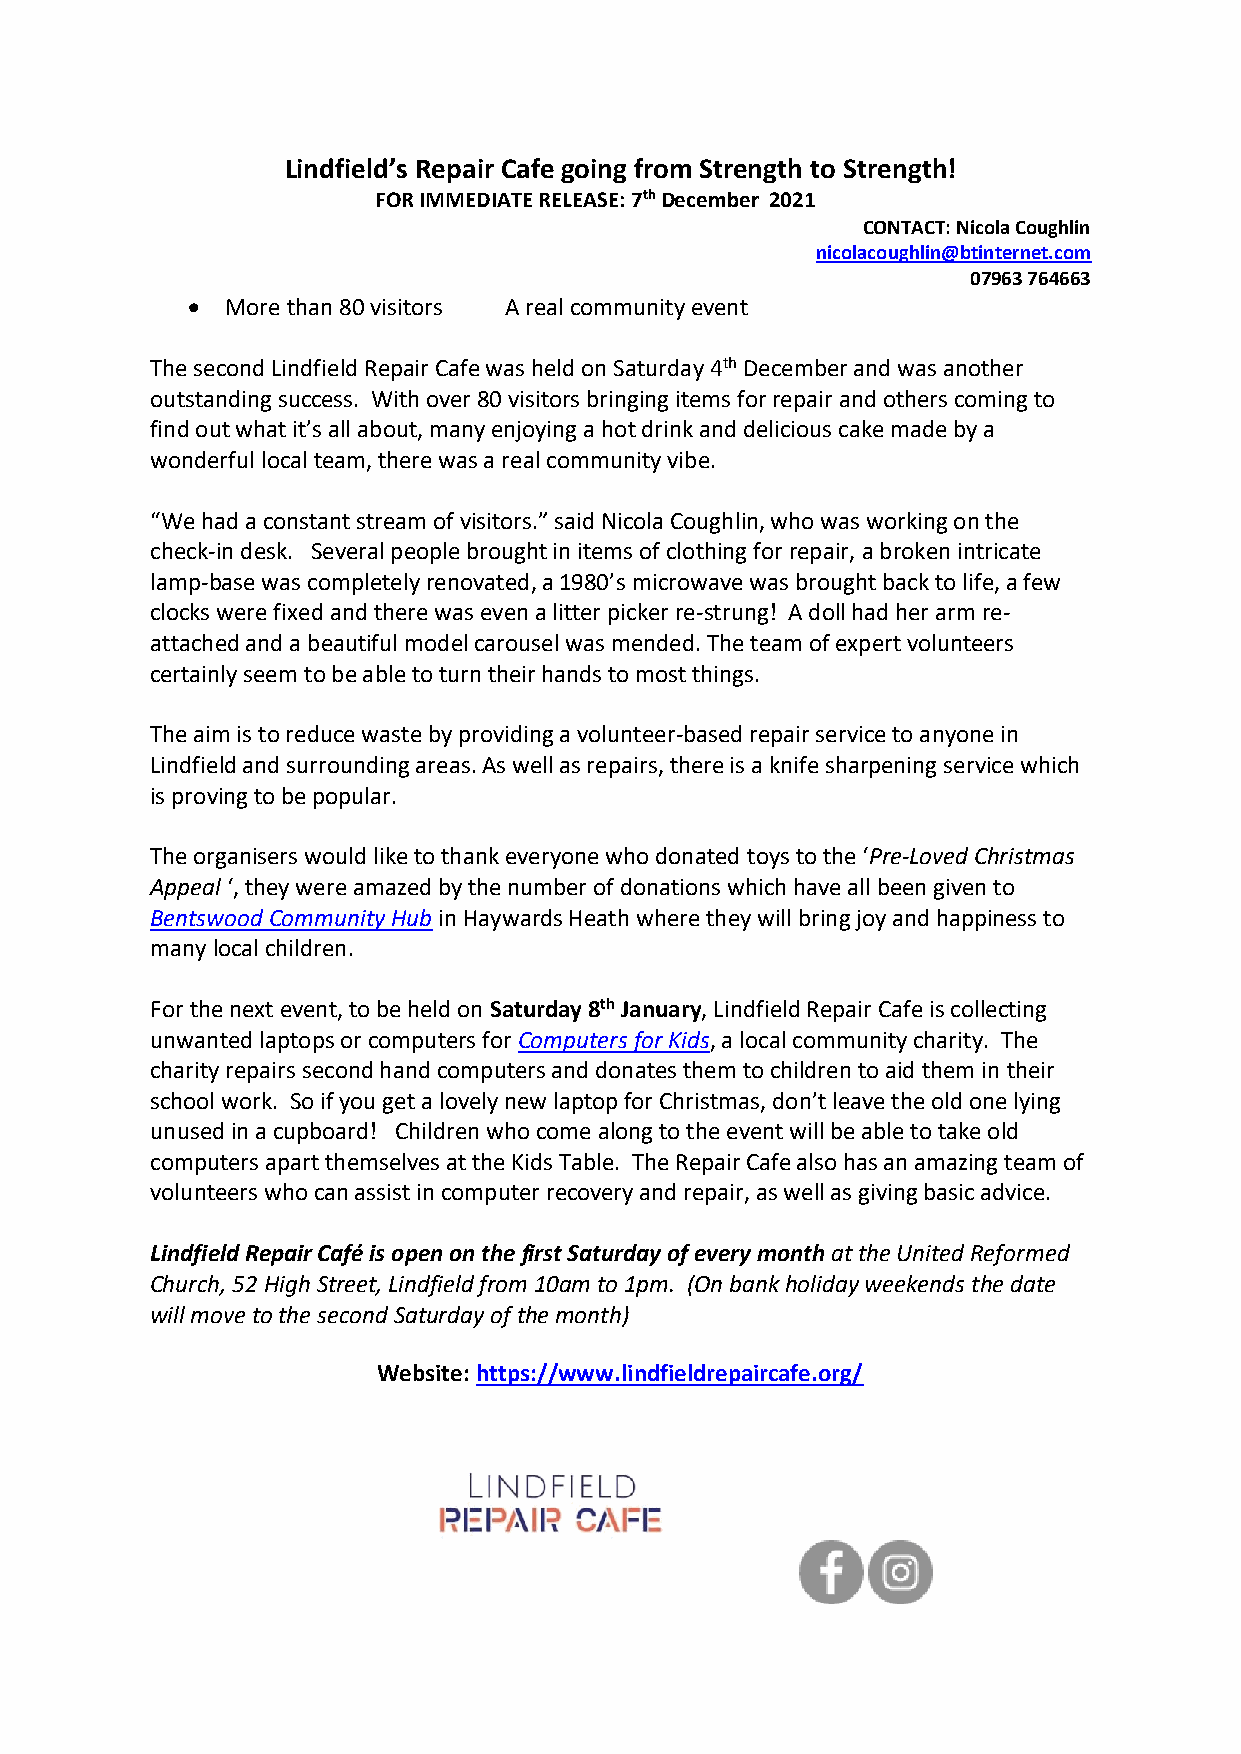
Lindfield’s Repair Cafe going from Strength to Strength!
 FOR IMMEDIATE RELEASE: 7th December 2021
 CONTACT: Nicola Coughlin
 nicolacoughlin@btinternet.com
 07963 764663
   More than 80 visitors A real community event
 The second Lindfield Repair Cafe was held on Saturday 4th December and was another
 outstanding success. With over 80 visitors bringing items for repair and others coming to
 find out what it’s all about, many enjoying a hot drink and delicious cake made by a
 wonderful local team, there was a real community vibe.
 “We had a constant stream of visitors.” said Nicola Coughlin, who was working on the
 check-in desk. Several people brought in items of clothing for repair, a broken intricate
 lamp-base was completely renovated, a 1980’s microwave was brought back to life, a few
 clocks were fixed and there was even a litter picker re-strung! A doll had her arm re-
 attached and a beautiful model carousel was mended. The team of expert volunteers
 certainly seem to be able to turn their hands to most things.
 The aim is to reduce waste by providing a volunteer-based repair service to anyone in
 Lindfield and surrounding areas. As well as repairs, there is a knife sharpening service which
 is proving to be popular.
 The organisers would like to thank everyone who donated toys to the ‘Pre-Loved Christmas
 Appeal ‘, they were amazed by the number of donations which have all been given to
 Bentswood Community Hub in Haywards Heath where they will bring joy and happiness to
 many local children.
 For the next event, to be held on Saturday 8th January, Lindfield Repair Cafe is collecting
 unwanted laptops or computers for Computers for Kids, a local community charity. The
 charity repairs second hand computers and donates them to children to aid them in their
 school work. So if you get a lovely new laptop for Christmas, don’t leave the old one lying
 unused in a cupboard! Children who come along to the event will be able to take old
 computers apart themselves at the Kids Table. The Repair Cafe also has an amazing team of
 volunteers who can assist in computer recovery and repair, as well as giving basic advice.
 Lindfield Repair Café is open on the first Saturday of every month at the United Reformed
 Church, 52 High Street, Lindfield from 10am to 1pm. (On bank holiday weekends the date
 will move to the second Saturday of the month)
 Website: https://www.lindfieldrepaircafe.org/